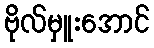
ဗိုလ်မှူးအောင်